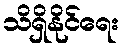
သိရှိနိုင်ရေး